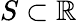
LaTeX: S\subset\mathbb{R}